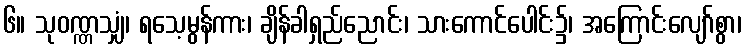
၆။ သုဝဏ္ဏသျှံ၊ ရသေ့မွန်ကား၊ ချိန်ခါရှည်ညောင်း၊ သားကောင်ပေါင်း၌၊ အကြောင်းလျော်စွာ၊